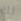
لك